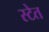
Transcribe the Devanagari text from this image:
स्टेत